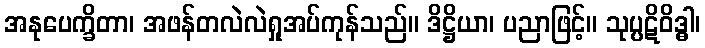
အနုပေက္ခိတာ၊ အဖန်တလဲလဲရှုအပ်ကုန်သည်။ ဒိဋ္ဌိယာ၊ ပညာဖြင့်။ သုပ္ပဋိဝိဒ္ဓါ၊